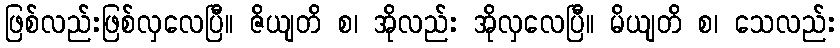
ဖြစ်လည်းဖြစ်လှလေပြီ။ ဇိယျတိ စ၊ အိုလည်း အိုလှလေပြီ။ မိယျတိ စ၊ သေလည်း